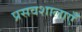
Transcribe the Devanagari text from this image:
प्रसवशालाएँ